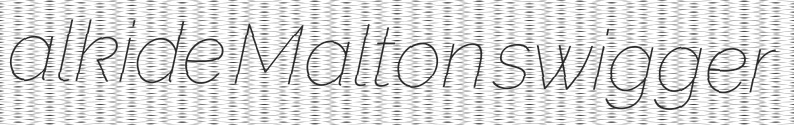
alkide Malton swigger